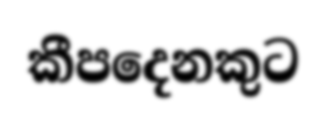
කීපදෙනකුට